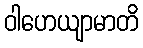
ဝါဟေယျာမာတိ